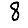
Digit: 8